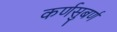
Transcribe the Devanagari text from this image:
कर्णसुबर्ण